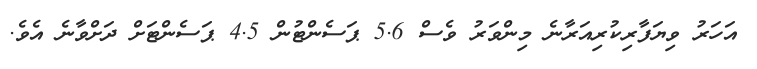
އަހަރު ވިޔަފާރިކުރިއަރާނެ މިންވަރު ވެސް 5.6 ޕަސެންޓުން 4.5 ޕަސެންޓަށް ދަށްވާނެ އެވެ.